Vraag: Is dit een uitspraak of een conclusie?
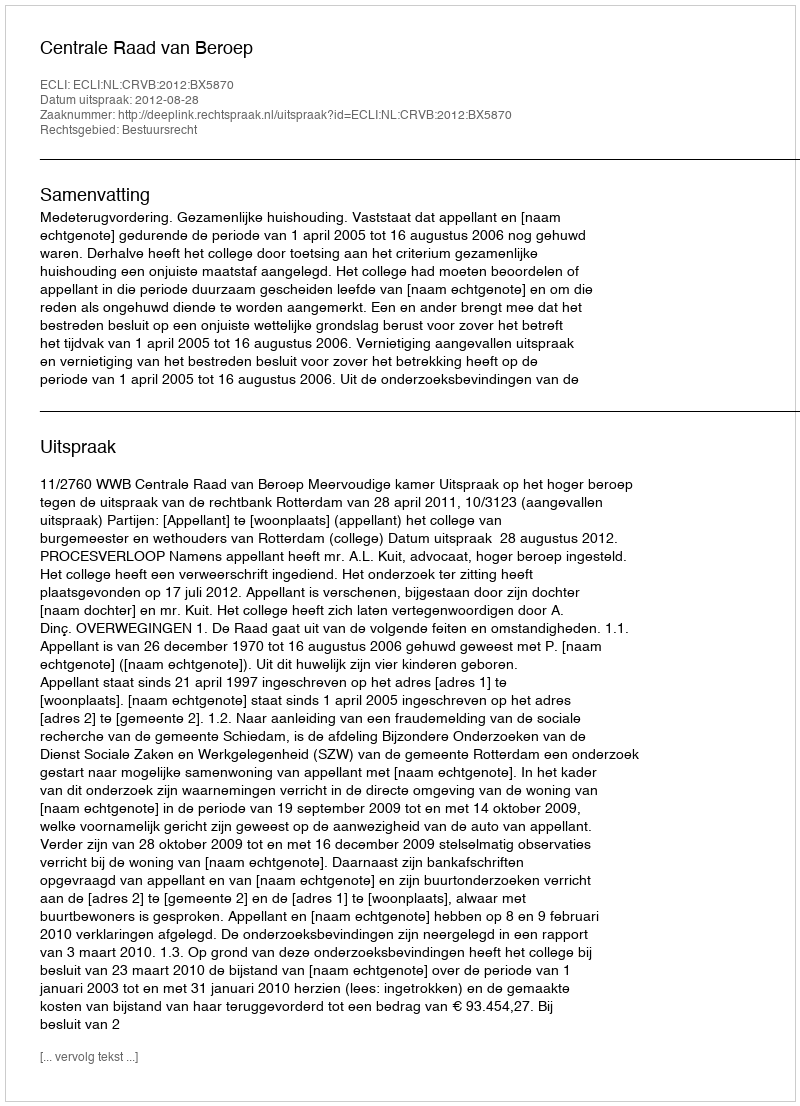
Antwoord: Uitspraak